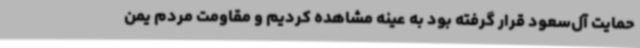
حمایت آل‌سعود قرار گرفته بود به عینه مشاهده کردیم و مقاومت مردم یمن